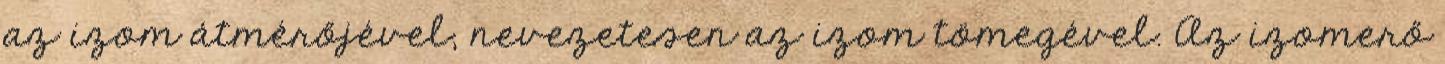
az izom átmérőjével, nevezetesen az izom tömegével. Az izomerő